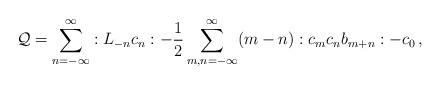
LaTeX: \begin{align*}{\cal Q}=\sum_{n=-\infty}^{\infty}:L_{-n}c_n:-\frac{1}{2}\sum_{m,n=-\infty}^{\infty}(m-n):c_mc_nb_{m+n}:-c_0\, ,\end{align*}